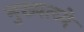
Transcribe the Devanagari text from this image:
मुख्यत्व्ये